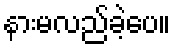
နားမလည်ခဲ့ပေ။